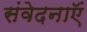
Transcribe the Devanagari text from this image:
संवेदनाऍं